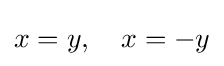
x=y,\quad x=-y